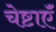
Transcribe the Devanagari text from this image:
चेष्टाएॅं